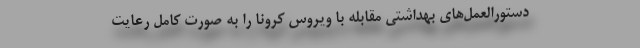
دستورالعمل‌های بهداشتی مقابله با ویروس کرونا را به صورت کامل رعایت